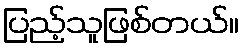
ပြည့်သူဖြစ်တယ်။